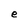
Character: e